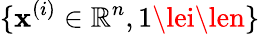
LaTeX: \{ \mathbf{x}^{(i)}\in\mathbb{{R}}^{n},1\lei\len\}